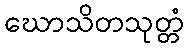
ဃောသိတသုတ္တံ